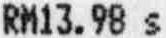
RM13.98 S